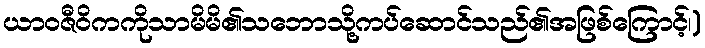
ယာဝဇီဝိကကိုသာမိမိ၏သဘောသို့ကပ်ဆောင်သည်၏အဖြစ်ကြောင့်၊)